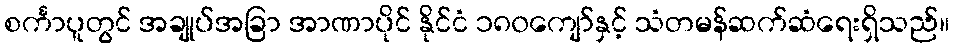
စင်္ကာပူတွင် အချုပ်အခြာ အာဏာပိုင် နိုင်ငံ ၁၈၀ကျော်နှင့် သံတမန်ဆက်ဆံရေးရှိသည်။